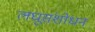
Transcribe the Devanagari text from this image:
लघूसंशोधन